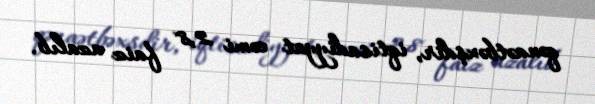
qənaətbəxşdir, iqtisadiyyat cəmi 2,8 faiz azalıb.